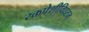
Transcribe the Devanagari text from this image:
रक्तपेशीविघटन